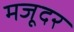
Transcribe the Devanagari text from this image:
मजूदर